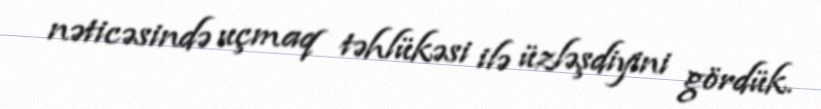
nəticəsində uçmaq təhlükəsi ilə üzləşdiyini gördük.